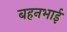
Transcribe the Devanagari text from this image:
बहनभाई